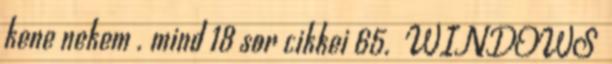
kene nekem . mind 18 sor cikkei 65. WINDOWS